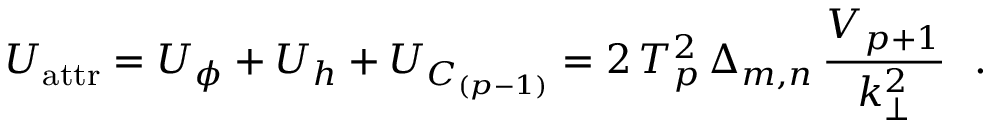
U _ { \mathrm { a t t r } } = U _ { \phi } + U _ { h } + U _ { C _ { ( p - 1 ) } } = 2 \, T _ { p } ^ { 2 } \, \Delta _ { m , n } \, \frac { V _ { p + 1 } } { k _ { \bot } ^ { 2 } } ~ ~ .